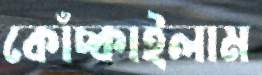
কোঁচ্‌কাইলাম